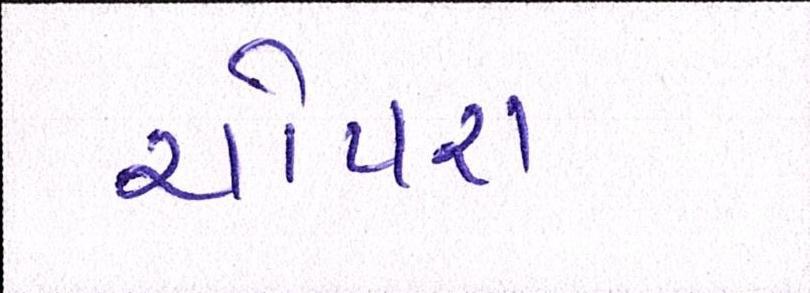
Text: ચોપરા